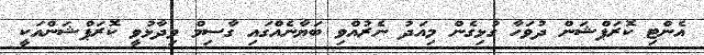
އެންޓި ކޮރަޕްޝަން ދުވަހާ ގުޅިގެން މިއަދު ނެރުއްވި ބަޔާނެއްގައި ގާސިމް ވިދާޅުވީ ކޮރަޕްޝަންއަކީ